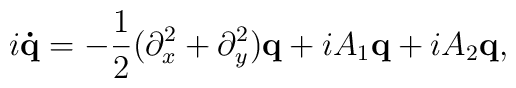
i{\bf \dot{q}} =-\frac{1}{2} (\partial _{x}^{2}+\partial_{y}^{2}){\bf q}+ iA_{1}{\bf q}+iA_{2}{\bf q},